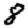
Digit: 8